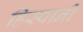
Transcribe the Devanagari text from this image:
हिस्पानी